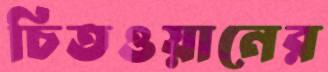
চিতওয়ানের